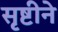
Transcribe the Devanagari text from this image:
सृष्टीने